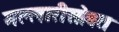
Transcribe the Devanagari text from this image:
मल्लारीसोबत